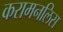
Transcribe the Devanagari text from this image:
करामनलिस